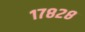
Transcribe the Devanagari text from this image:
१७८२८